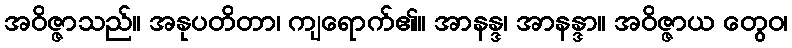
အဝိဇ္ဇာသည်။ အနုပတိတာ၊ ကျရောက်၏။ အာနန္ဒ၊ အာနန္ဒာ။ အဝိဇ္ဇာယ တွေဝ၊